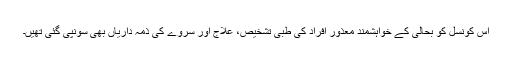
اس کونسل کو بحالی کے خواہشمند معذور افراد کی طبی تشخیص، علاج اور سروے کی ذمہ داریاں بھی سونپی گئی تھیں۔